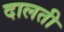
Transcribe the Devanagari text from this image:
दालती